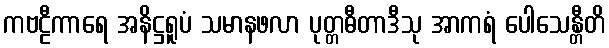
ကဗဠီကာရေ အနိဋ္ဌရူပံ သမာနဖလာ ပုတ္တဓီတာဒီသု အာကရံ ပေါသေန္တီတိ